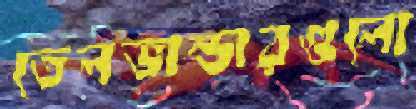
তেলভান্ডারগুলো